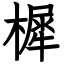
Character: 樨